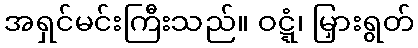
အရှင်မင်းကြီးသည်။ ဝဋ္ဋံ၊ မြှားရွတ်